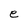
Character: e